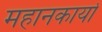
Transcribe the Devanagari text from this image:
महानकार्यो